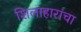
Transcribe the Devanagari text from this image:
शिलाहारांचा